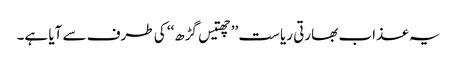
یہ عذاب بھارتی ریاست ’’چھتیس گڑھ‘‘ کی طرف سے آیا ہے۔